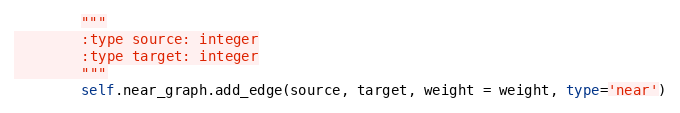
Language: Python
        """
        :type source: integer
        :type target: integer
        """
        self.near_graph.add_edge(source, target, weight = weight, type='near')